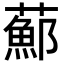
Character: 𦿇